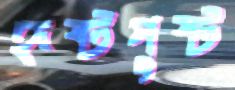
হৃষ্টপুষ্ট